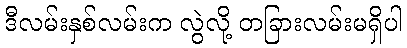
ဒီလမ်းနှစ်လမ်းက လွဲလို့ တခြားလမ်းမရှိပါ